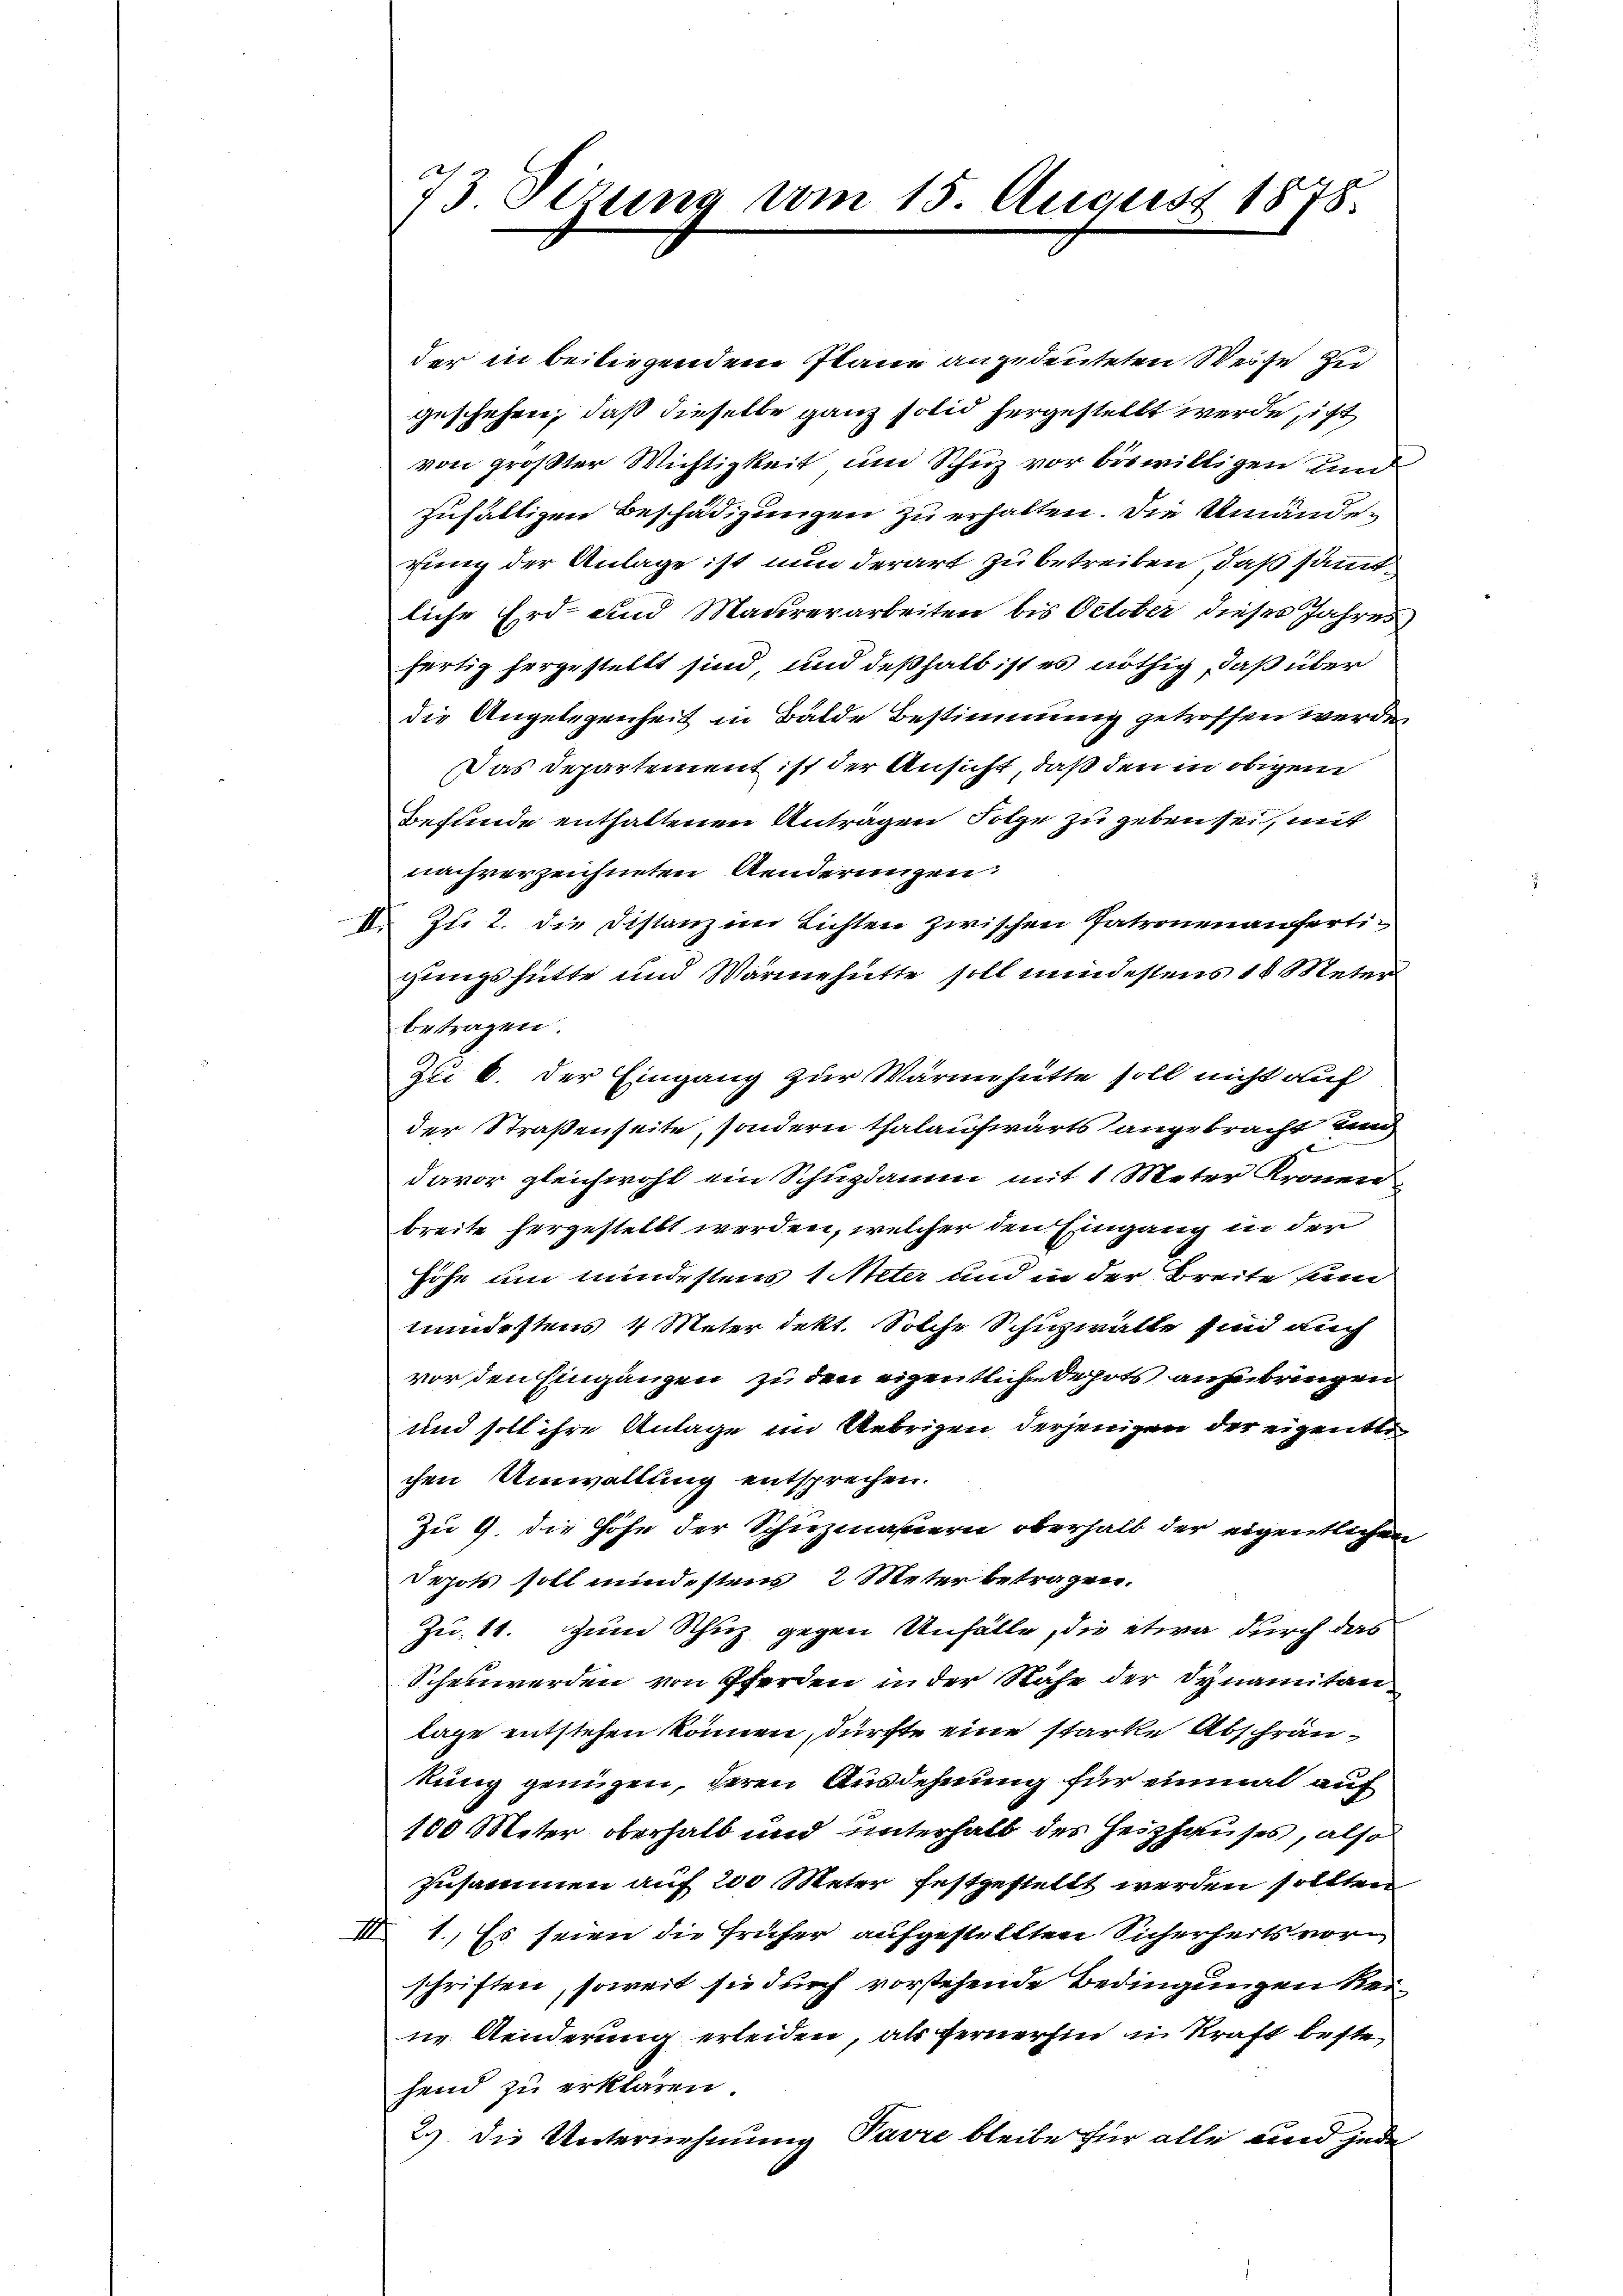
der in beiliegendem Plane angedeuteten Weise zu
geschehen, daß dieselbe ganz solid hergestellt werde, icht
von größter Wichtigkeit und Schuz vor biswilligen und
zufälligen Beschädigungen zu erhalten. Die Umänderung der Anlage ist nun derart zu betreiben, daß sämmtliche Erd- und Maurerarbeiten bis October dieses Jahres
fertig hergestellt sind, und deßhalb ist es nöthig, daß über
die Angelegenheit in Bälde Bestimmung getroffen werde,
Das Departement ist der Ansicht, daß den in obigen
Befunde enthaltenen Anträgen Folge zu geben sei, mit
nachverzeichneten Aenderungen.
V. Zu 2. die Distanz im Lichten zwischen Patronen anfertigungshütte und Wärmehütte soll mindestens 16 Meter
betragen.
Du 6. der Eingang zur Wärmehütte soll nicht auf
der Straßenseite, sondern thalaufwärts angebracht und
s
davor gleichwohl ein Schupdamen mit 1 Meter Kronen
breite hergestellt werden, welcher den Eingang in der
Höhe um mindestens 1 Meter und in der Breite sein
mundestens 4 Meter dekt. Solche Schuzwalte sind auch
vor den Eingangen zu den eigentliche Depots anzubringen
und soll ihre Anlage im Uebrigen derjenigen der eigentli
chen Umwallung entsprechen.
Zu 9. die Höhe der Schuzmaiern oberhalb der eigentlichen
Depots soll mindestens 2 Meter betragen.
Zu. 11. Zum Schuz gegen Unfälle, die etwa durch das
Schenwerden von Pferden in der Nähe der Dynamitan
lage entstehen können, dürfte eine starke Abschränkung genügen, deren Ausdehnung für einmal auf
100 Meter oberhalb und unterhalb des Heizhauses, also
Zusammen auf 200 Meter festgestellt werden sollten
III 1., Es seien die früher aufgestellten Sicherheits vorschriften, soweit sie durch vorstehende Bedingungen Rei¬
u. Aenderung erleiden, als fernerhin in Kraft beste
hend zu erklären.
29) Die Unternehmung Pavre bleibe für alle und jede

73 Sizung vom 15. August 1878.